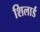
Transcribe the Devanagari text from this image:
शिलार्ड